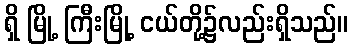
ရှိ မြို့ ကြီးမြို့ ငယ်တို့၌လည်းရှိသည်။